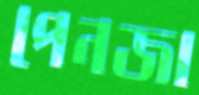
পেনজা